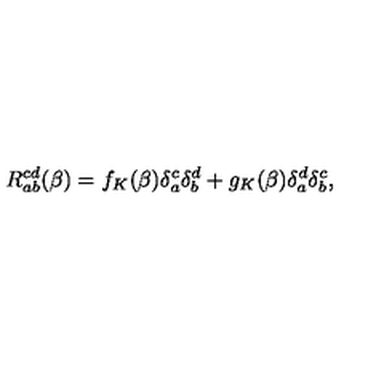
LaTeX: R _ { a b } ^ { c d } ( \beta ) = f _ { K } ( \beta ) \delta _ { a } ^ { c } \delta _ { b } ^ { d } + g _ { K } ( \beta ) \delta _ { a } ^ { d } \delta _ { b } ^ { c } ,